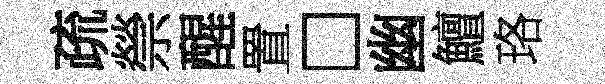
疏禜醒置□幽鱣珞